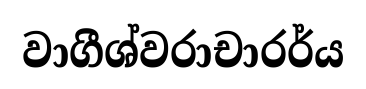
වාගීශ්වරාචාරර්ය